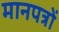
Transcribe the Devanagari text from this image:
मानपत्रों